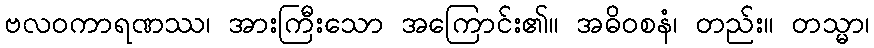
ဗလဝကာရဏဿ၊ အားကြီးသော အကြောင်း၏။ အဓိဝစနံ၊ တည်း။ တသ္မာ၊